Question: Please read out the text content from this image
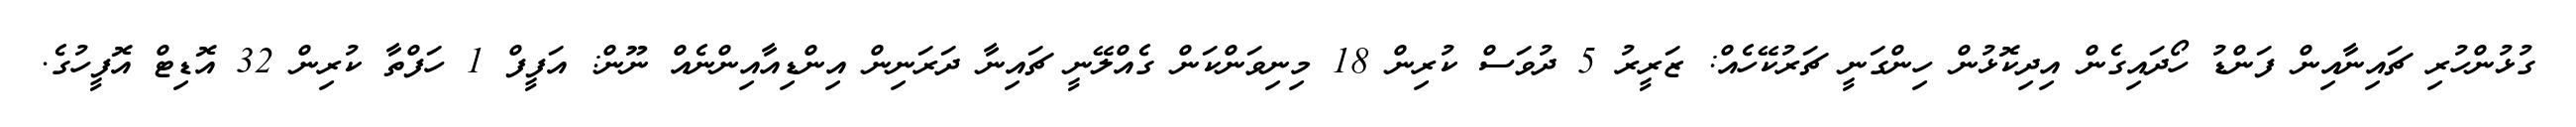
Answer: ގުޅުންހުރި ޗައިނާއިން ފަންޑު ހޯދައިގެން އިދިކޮޅުން ހިންގަނީ ޗަރުކޭހެއް: ޒަރީރު 5 ދުވަސް ކުރިން 18 މިނިވަންކަން ގެއްލޭނީ ޗައިނާ ދަރަނިން އިންޑިއާއިންނެއް ނޫން: އަފީފް 1 ހަފްތާ ކުރިން 32 އޮޑިޓް އޮފީހުގެ.